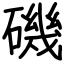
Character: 磯